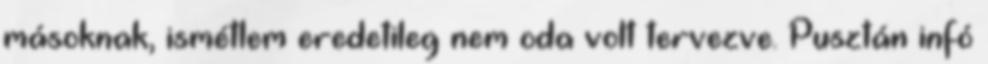
másoknak, ismétlem eredetileg nem oda volt tervezve. Pusztán infó